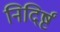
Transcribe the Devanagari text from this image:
निदिर्ष्टं